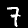
Label: 7